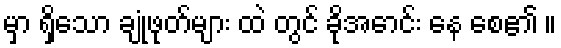
မှာ ရှိသော ချုံဖုတ်များ ထဲ တွင် ခိုအောင်း နေ စေ၏ ။